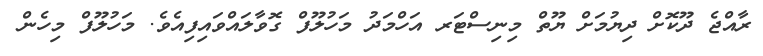
ރާއްޖެ ދޫކޮށް ދިޔުމަށް ޔޫތް މިނިސްޓަރ އަހްމަދު މަހުލޫފް ގޮވާލައްވައިފިއެވެ. މަހުލޫފް މިހެން